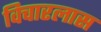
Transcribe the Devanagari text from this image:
विचारलास